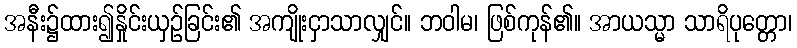
အနီး၌ထား၍နှိုင်းယှဉ်ခြင်း၏ အကျိုးငှာသာလျှင်။ ဘဝါမ၊ ဖြစ်ကုန်၏။ အာယသ္မာ သာရိပုတ္တော၊